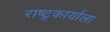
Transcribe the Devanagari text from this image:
राष्ट्र्कार्याला